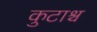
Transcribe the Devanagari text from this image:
कुटाश्च